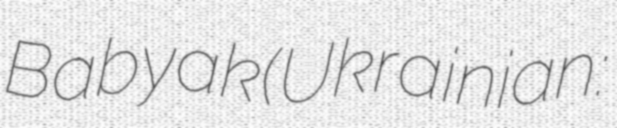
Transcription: Babyak (Ukrainian: